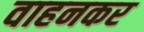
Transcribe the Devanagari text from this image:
वाहनकर